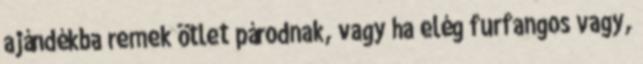
ajándékba remek ötlet párodnak, vagy ha elég furfangos vagy,